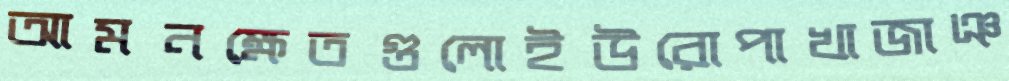
আমনক্ষেতগুলোইউরোপাখাজাঞ